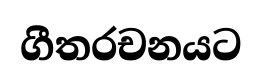
ගීතරචනයට